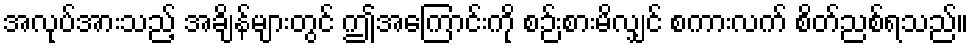
အလုပ်အားသည့် အချိန်များတွင် ဤအကြောင်းကို စဉ်းစားမိလျှင် စကားလက် စိတ်ညစ်ရသည်။